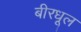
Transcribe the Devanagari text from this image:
बीरधूल